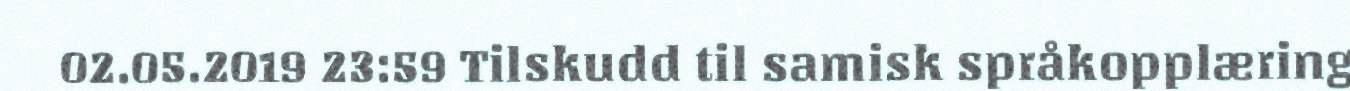
02.05.2019 23:59 Tilskudd til samisk språkopplæring